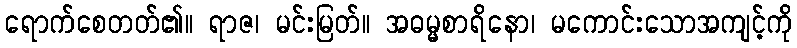
ရောက်စေတတ်၏။ ရာဇ၊ မင်းမြတ်။ အဓမ္မစာရိနော၊ မကောင်းသောအကျင့်ကို